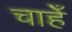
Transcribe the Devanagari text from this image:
चाहेँ